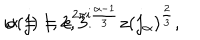
LaTeX: w ( j ) = e ^ { 2 \pi i \frac { \alpha - 1 } { 3 } } z ( j _ { \alpha } ) ^ { \frac { 2 } { 3 } } , \hspace { 0 . 2 i n } \hspace { 0 . 1 i n } \alpha = 1 , 2 , 3 .